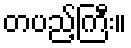
တပည့်ကြီး။